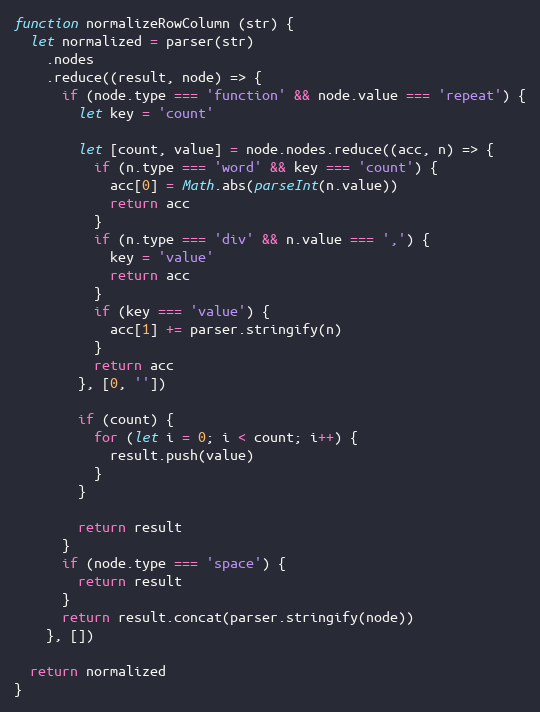
Language: JavaScript
function normalizeRowColumn (str) {
  let normalized = parser(str)
    .nodes
    .reduce((result, node) => {
      if (node.type === 'function' && node.value === 'repeat') {
        let key = 'count'

        let [count, value] = node.nodes.reduce((acc, n) => {
          if (n.type === 'word' && key === 'count') {
            acc[0] = Math.abs(parseInt(n.value))
            return acc
          }
          if (n.type === 'div' && n.value === ',') {
            key = 'value'
            return acc
          }
          if (key === 'value') {
            acc[1] += parser.stringify(n)
          }
          return acc
        }, [0, ''])

        if (count) {
          for (let i = 0; i < count; i++) {
            result.push(value)
          }
        }

        return result
      }
      if (node.type === 'space') {
        return result
      }
      return result.concat(parser.stringify(node))
    }, [])

  return normalized
}